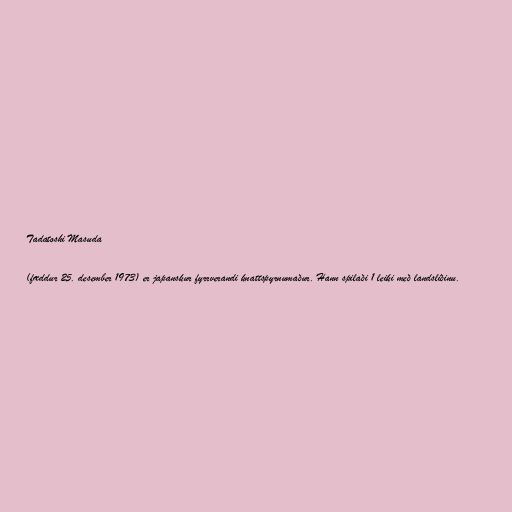
Tadatoshi Masuda

(fæddur 25. desember 1973) er japanskur fyrrverandi knattspyrnumaður. Hann spilaði 1 leiki með landsliðinu.